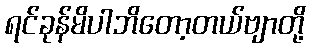
ရင်ခုန်မိပါဘိတော့တယ်ဗျာတို့